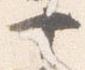
十